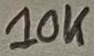
Text: 10K